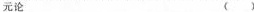
元论” ( )